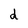
Character: d